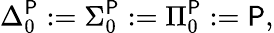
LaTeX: \Delta_{0}^{\mathsf{P}}:=\Sigma_{0}^{\mathsf{P}}:=\Pi_{0}^{\mathsf{P}}:={\mathsf{P}},